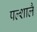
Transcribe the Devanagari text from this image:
पल्शालै